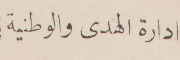
إدارة الهدى والوطنية